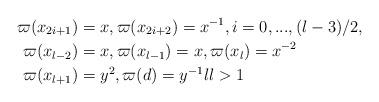
LaTeX: \begin{align*}\varpi(x_{2i+1}) & =x,\varpi(x_{2i+2})=x^{-1},i=0,...,(l-3)/2,\\\varpi(x_{l-2}) & =x,\varpi(x_{l-1})=x,\varpi(x_{l})=x^{-2}\\\varpi(x_{l+1}) & =y^{2},\varpi(d)=y^{-1}ll>1\end{align*}